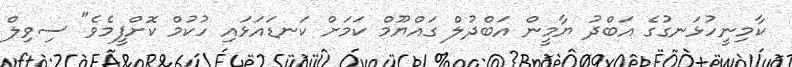
ކާމިނީހުޅަނގުގެ އަބްދު ޔާމީން އަބްދުލް ގައްޔޫމް ކަމަށް ކަނޑައަޅައި ހުކުމް ކޮށްފީމެވެ" ސިވިލް